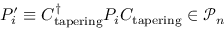
P _ { i } ^ { \prime } \equiv C _ { \mathrm { t a p e r i n g } } ^ { \dagger } P _ { i } C _ { \mathrm { t a p e r i n g } } \in \mathcal { P } _ { n }